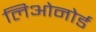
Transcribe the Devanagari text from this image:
लिओनोर्ड